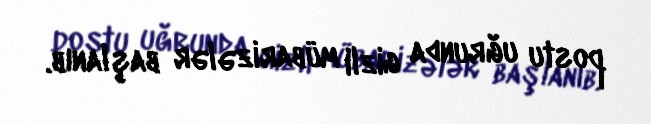
postu uğrunda gizli mübarizələr başlanıb.